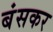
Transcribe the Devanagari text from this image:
बंसकर